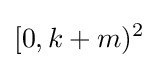
[0,k+m)^{2}